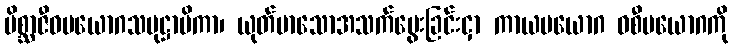
မိစ္ဆာဇီဝပယောဂသမုဋ္ဌာပိကာ၊ ယုတ်မာသောအသက်မွေးခြင်းငှာ ကာယပယောဂ ဝစီပယောဂကို